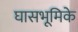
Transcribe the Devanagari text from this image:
घासभूमिके